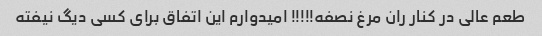
طعم عالی در کنار ران مرغ نصفه!!!!! امیدوارم این اتفاق برای کسی دیگ نیفته